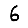
Digit: 6